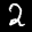
Label: 2